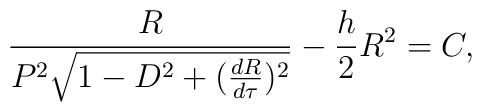
\frac{R}{P^2\sqrt{1-D^2+(\frac{dR}{d\tau})^2}}-\frac{h}{2}R^2=C,